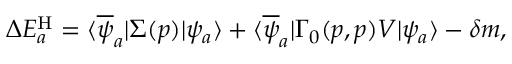
\begin{array} { r } { \Delta E _ { a } ^ { \mathrm { H } } = \langle \overline { { \psi } } _ { a } | \Sigma ( p ) | \psi _ { a } \rangle + \langle \overline { { \psi } } _ { a } | \Gamma _ { 0 } ( p , p ) V | \psi _ { a } \rangle - \delta m , } \end{array}